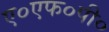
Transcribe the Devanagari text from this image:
ए०एफ०पी०